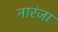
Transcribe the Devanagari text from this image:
नारंजा